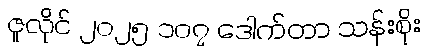
ဇူလိုင် ၂၀၂၅ ၁၀၇ ဒေါက်တာ သန်းစိုး